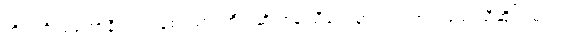
ကိုရင်ဂို၊ မကော်နီ၊ လင်းနစ်၊ သားကြီး၊ ဆိုင်စံနဲ့ သီချင်းမှာ ပါဝင်အားဖြည့် သီဆိုကြမယ့်